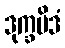
ဒုက္ခမိဒံ